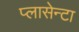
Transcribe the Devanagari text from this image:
प्लासेन्टा